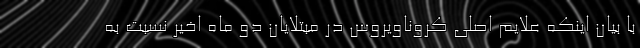
با بیان اینکه علایم اصلی کروناویروس در مبتلایان دو ماه اخیر نسبت به